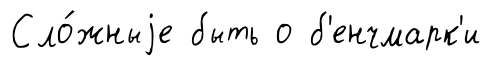
Сло́жныjе быть о б'енчмарк'и